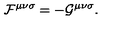
{ \cal F } ^ { { \mu } { \nu } { \sigma } } = - { \cal G } ^ { { \mu } { \nu } { \sigma } } .